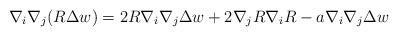
LaTeX: \begin{align*}\nabla_i\nabla_j(R\Delta w)=2R\nabla_i\nabla_j\Delta w+2\nabla_jR\nabla_iR-a\nabla_i\nabla_j\Delta w\end{align*}